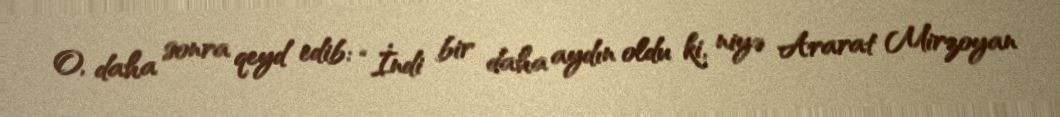
O, daha sonra qeyd edib: “İndi bir daha aydın oldu ki, niyə Ararat Mirzoyan